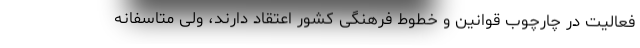
فعالیت در چارچوب قوانین و خطوط فرهنگی کشور اعتقاد دارند، ولی متاسفانه